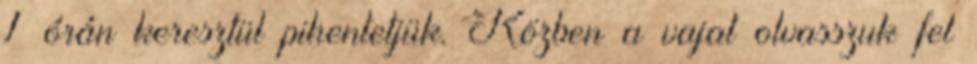
1 órán keresztül pihentetjük. Közben a vajat olvasszuk fel